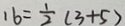
1 6 = \frac { 1 } { 2 } ( 3 + 5 )